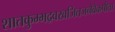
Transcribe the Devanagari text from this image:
शातकुम्भद्रवखजितजनेवैकपीता